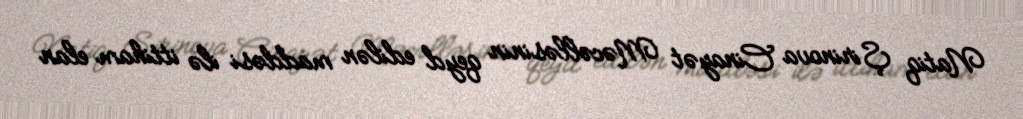
Natiq Şirinova Cinayət Məcəlləsinin qeyd edilən maddəsi ilə ittiham elan